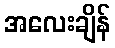
အလေးချိန်